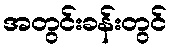
အတွင်းခန်းတွင်